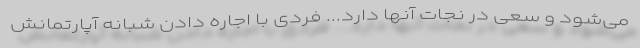
می‌شود و سعی در نجات آنها دارد... فردی با اجاره دادن شبانه آپارتمانش